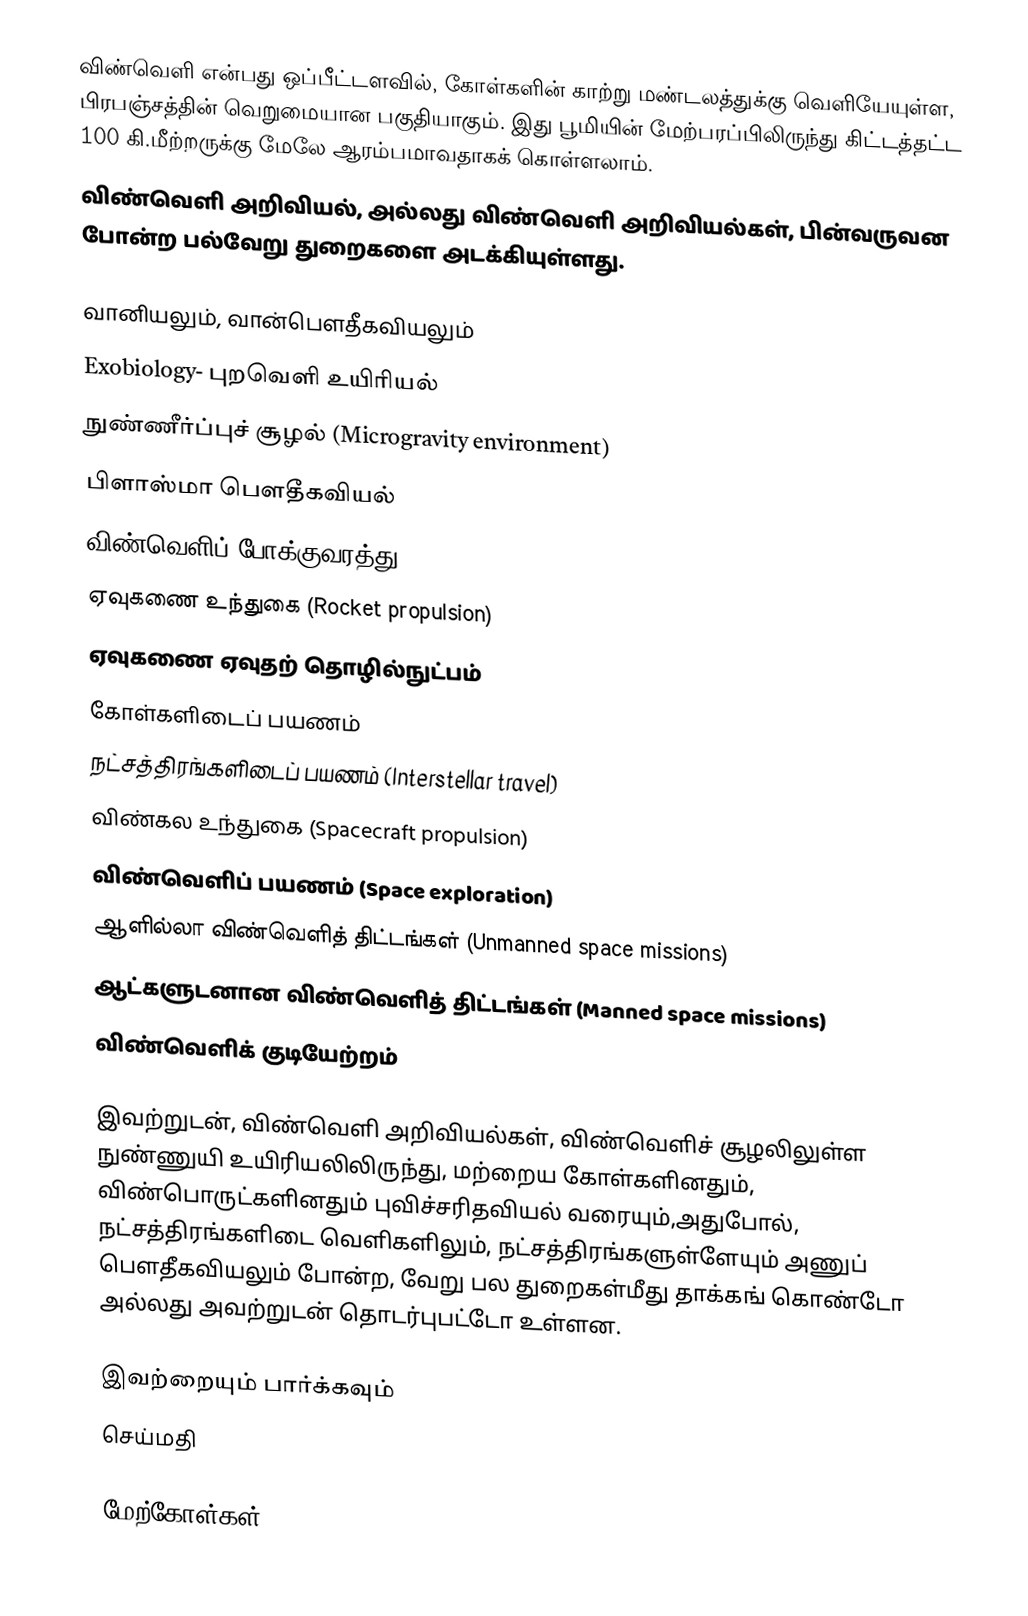
விண்வெளி என்பது ஒப்பீட்டளவில், கோள்களின் காற்று மண்டலத்துக்கு வெளியேயுள்ள, பிரபஞ்சத்தின் வெறுமையான பகுதியாகும். இது பூமியின் மேற்பரப்பிலிருந்து கிட்டத்தட்ட 100 கி.மீற்றருக்கு மேலே ஆரம்பமாவதாகக் கொள்ளலாம்.
விண்வெளி அறிவியல், அல்லது விண்வெளி அறிவியல்கள், பின்வருவன போன்ற பல்வேறு துறைகளை அடக்கியுள்ளது.

 வானியலும், வான்பௌதீகவியலும்
 Exobiology- புறவெளி உயிரியல்
 நுண்ணீர்ப்புச் சூழல் (Microgravity environment)
 பிளாஸ்மா பௌதீகவியல்
  விண்வெளிப் போக்குவரத்து
 ஏவுகணை உந்துகை (Rocket propulsion)
 ஏவுகணை ஏவுதற் தொழில்நுட்பம்
 கோள்களிடைப் பயணம்
 நட்சத்திரங்களிடைப் பயணம் (Interstellar travel)
 விண்கல உந்துகை (Spacecraft propulsion)
  விண்வெளிப் பயணம் (Space exploration)
 ஆளில்லா விண்வெளித் திட்டங்கள் (Unmanned space missions)
 ஆட்களுடனான விண்வெளித் திட்டங்கள் (Manned space missions)
 விண்வெளிக் குடியேற்றம்

இவற்றுடன், விண்வெளி அறிவியல்கள், விண்வெளிச் சூழலிலுள்ள நுண்ணுயி உயிரியலிலிருந்து, மற்றைய கோள்களினதும், விண்பொருட்களினதும் புவிச்சரிதவியல் வரையும்,அதுபோல், நட்சத்திரங்களிடை வெளிகளிலும், நட்சத்திரங்களுள்ளேயும் அணுப் பௌதீகவியலும் போன்ற, வேறு பல துறைகள்மீது தாக்கங் கொண்டோ அல்லது அவற்றுடன் தொடர்புபட்டோ உள்ளன.

இவற்றையும் பார்க்கவும்
 செய்மதி

மேற்கோள்கள்